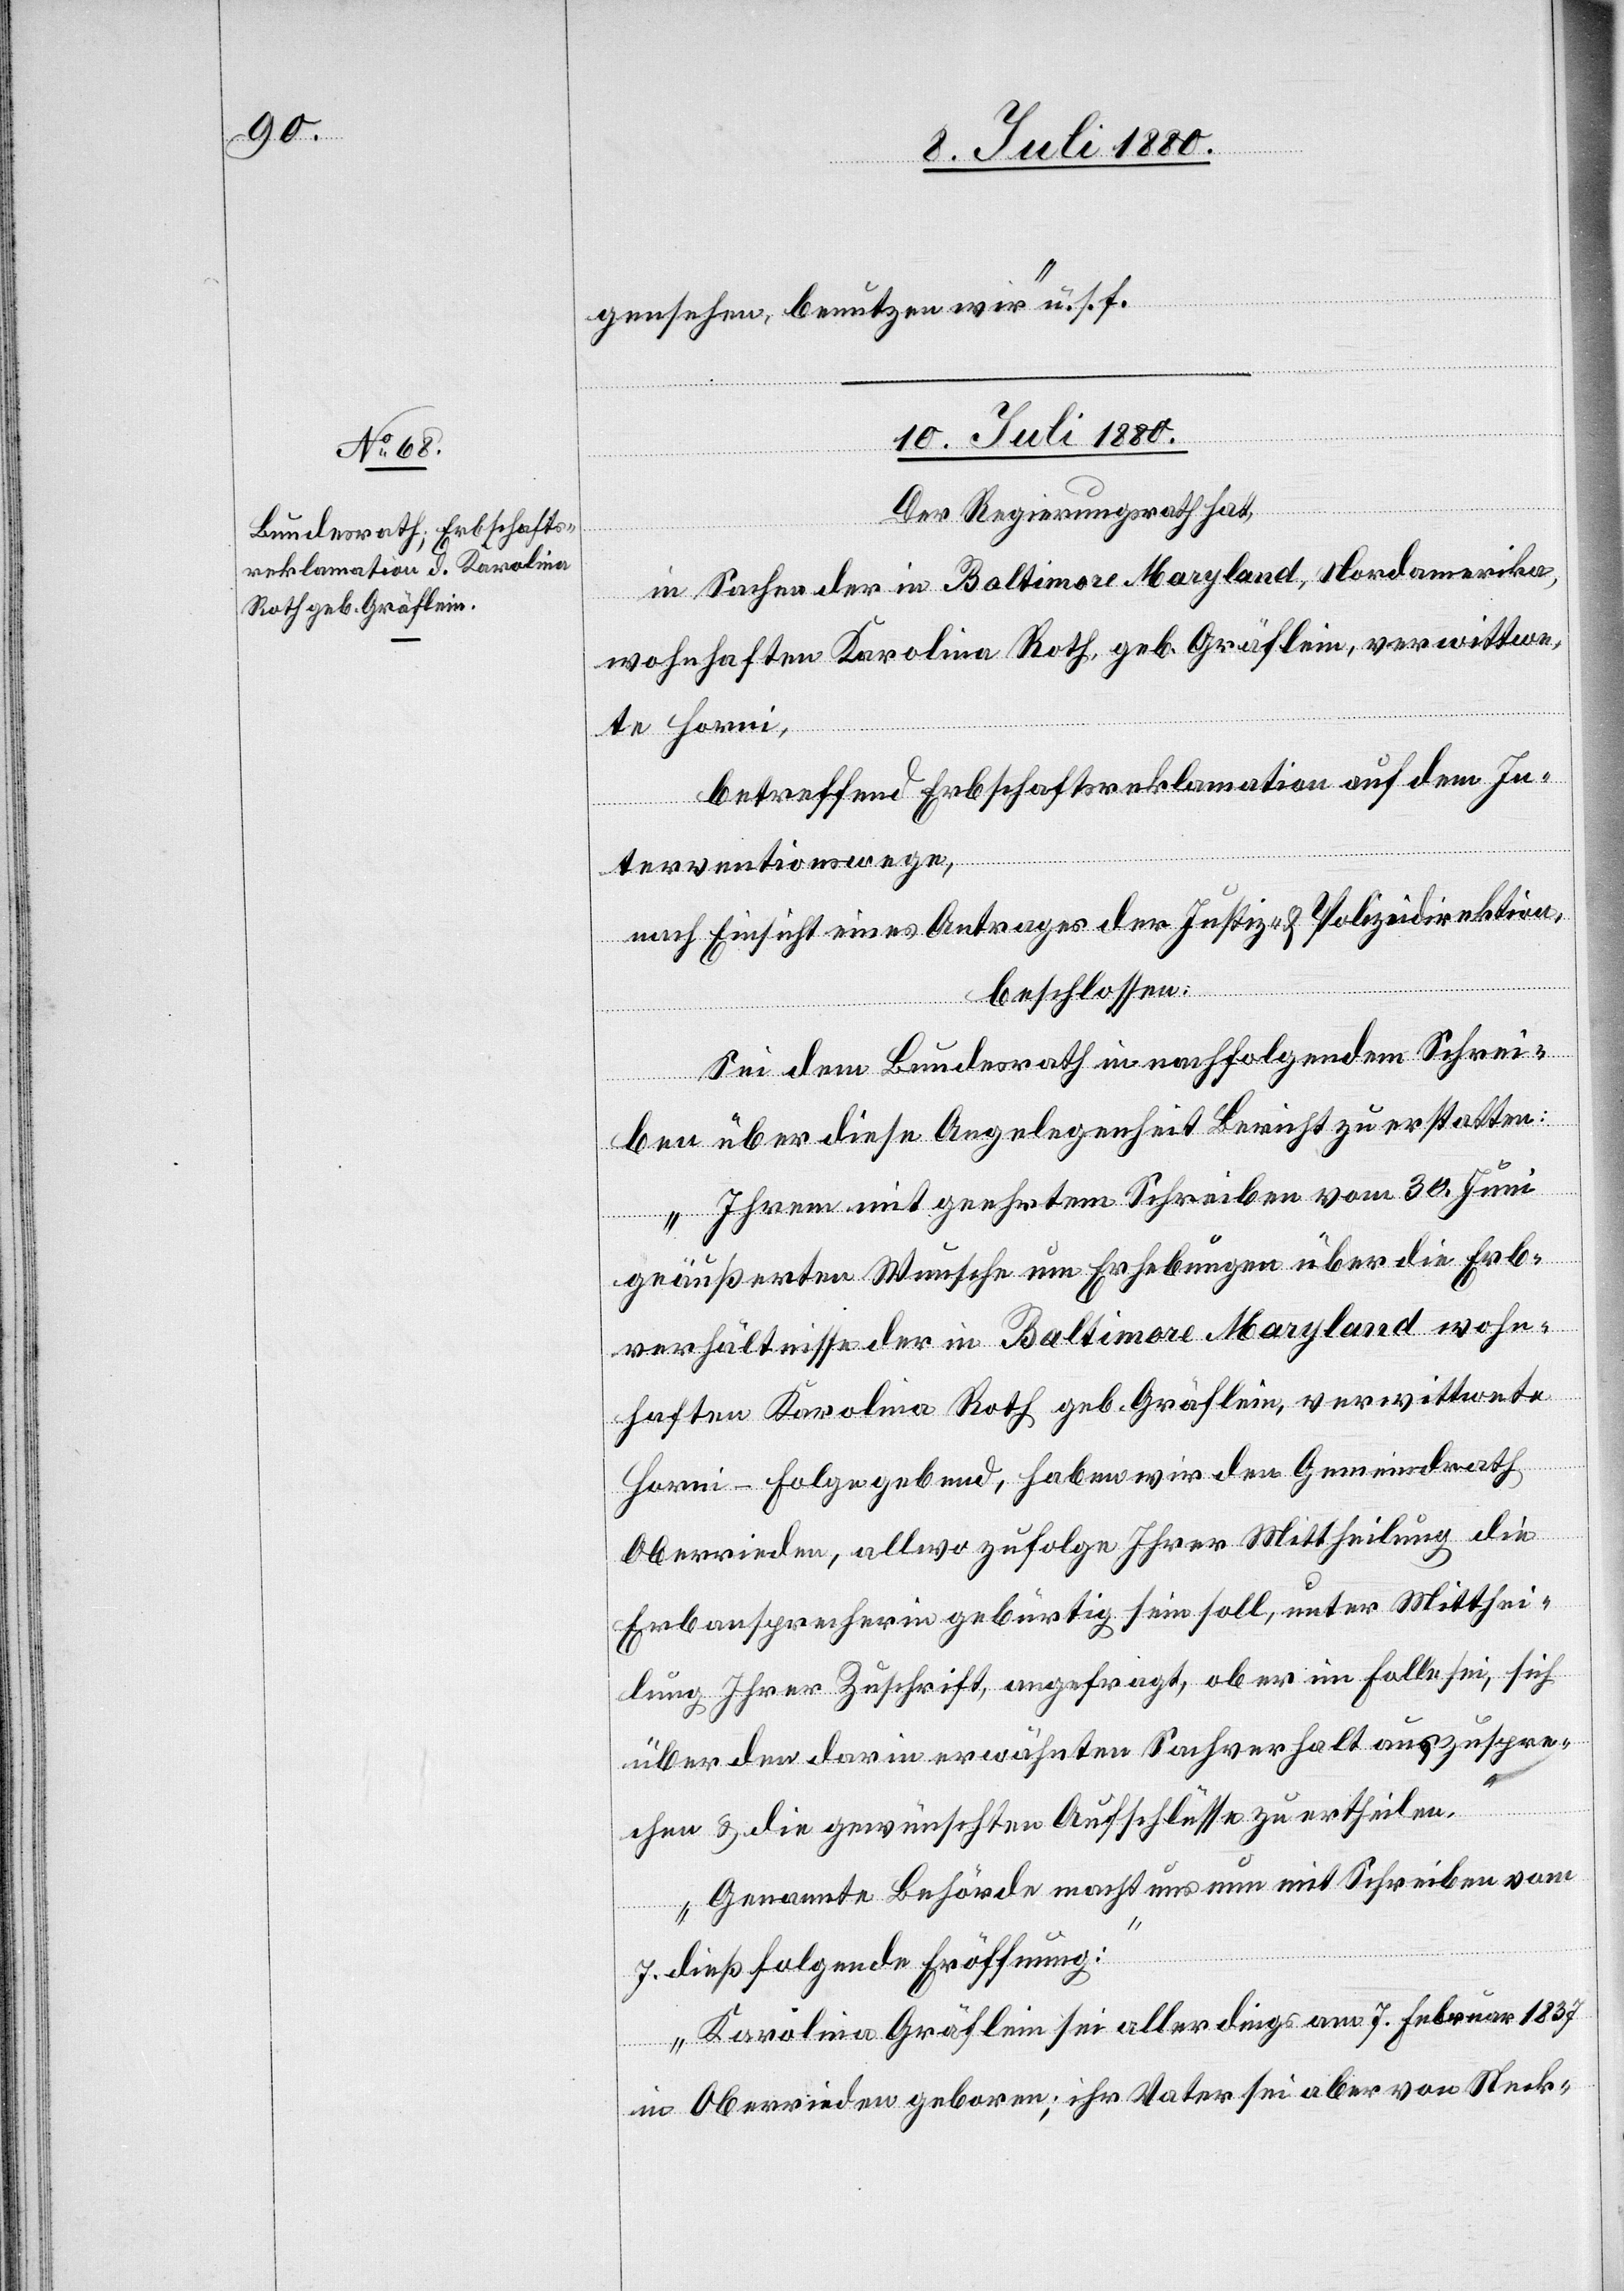
gensehen benutzen wir“ u. s. f.
10. Juli 1880.
Der Regierungsrath hat,
in Sachen der in Baltimore Maryland, Nordamerika,
wohnhaften Karolina Roth, geb. Gräflein, verwittwe¬
te Horni,
betreffend Erbschaftsreklamation auf dem In¬
terventionswege,
nach Einsicht eines Antrages der Justiz- & Polizeidirektion,
beschlossen:
Sei dem Bundesrath in nachfolgendem Schrei¬
ben über diese Angelegenheit Bericht zu erstatten:
„Ihrem mit geehrtem Schreiben vom 30. Juni
geäußerten Wunsche um Erhebungen über die Erb¬
verhältnisse der in Baltimore Maryland wohn¬
haften Karolina Roth geb. Gräflein, verwittwete
Horni – Folge gebend, haben wir den Gemeindrath
Oberrieden, allwo zufolge Ihrer Mittheilung die
Erbansprecherin gebürtig sein soll, unter Mitthei¬
lung Ihrer Zuschrift, angefragt, ob er im Falle sei, sich
über den darin erwähnten Sachverhalt auszuspre¬
chen & die gewünschten Aufschlüsse zu ertheilen.
Genannte Behörde macht uns nun mit Schreiben vom
7. dieß folgende Eröffnung:
Karolina Gräflein sei allerdings am 7. Februar 1837
in Oberrieden geboren; ihr Vater sei aber von Steck-